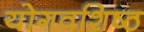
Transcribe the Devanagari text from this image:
योगवशिष्ठ